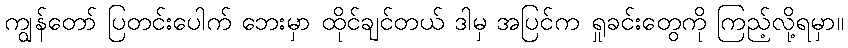
ကျွန်တော် ပြတင်းပေါက် ဘေးမှာ ထိုင်ချင်တယ် ဒါမှ အပြင်က ရှုခင်းတွေကို ကြည့်လို့ရမှာ။